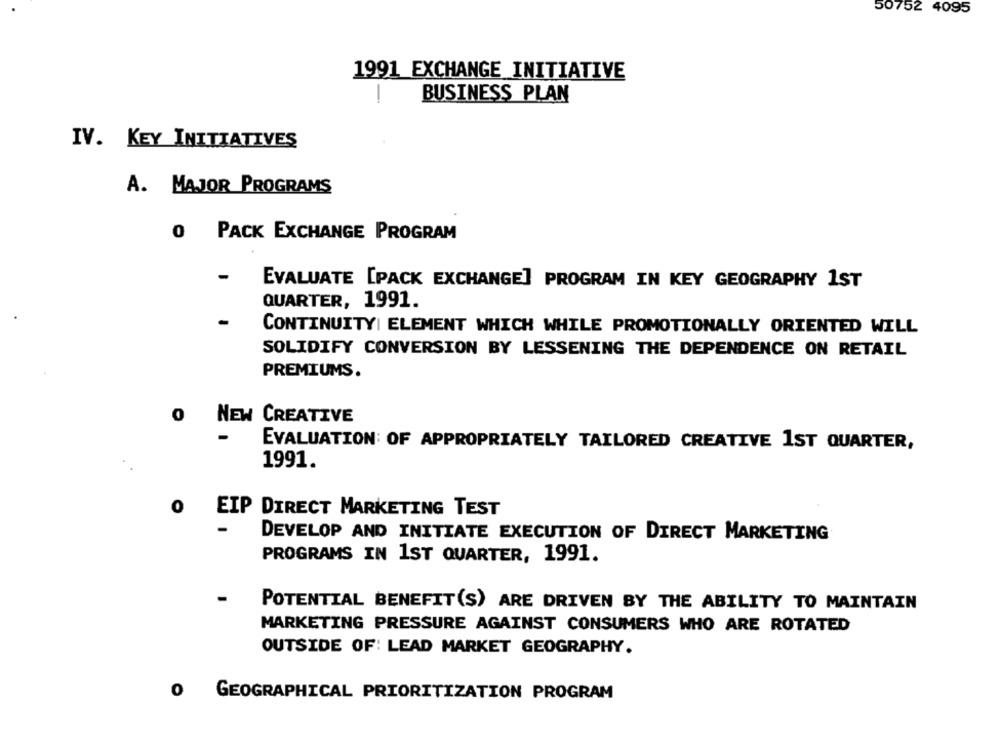
50752 4095
1991 EXCHANGE INITIATIVE
-
BUSINESS PLAN
IV. KEY INITIATIVES
A. MAJOR PROGRAMS
0 PACK EXCHANGE PROGRAM
EVALUATE [PACK EXCHANGE] PROGRAM IN KEY GEOGRAPHY 1ST
QUARTER, 1991.
CONTINUITY| ELEMENT WHICH WHILE PROMOTIONALLY ORIENTED WILL
SOLIDIFY CONVERSION BY LESSENING THE DEPENDENCE ON RETAIL
PREMIUMS.
0 NEW CREATIVE
EVALUATION OF APPROPRIATELY TAILORED CREATIVE 1ST QUARTER,
1991.
0
EIP DIRECT MARKETING TEST
DEVELOP AND INITIATE EXECUTION OF DIRECT MARKETING
PROGRAMS IN 1ST QUARTER, 1991.
-
POTENTIAL BENEFIT(S) ARE DRIVEN BY THE ABILITY TO MAINTAIN
MARKETING PRESSURE AGAINST CONSUMERS WHO ARE ROTATED
OUTSIDE OF: LEAD MARKET GEOGRAPHY.
O GEOGRAPHICAL PRIORITIZATION PROGRAM